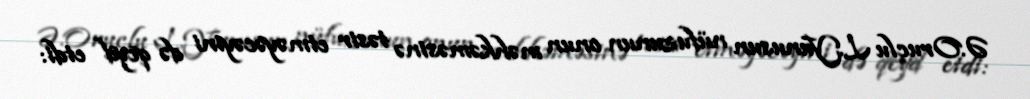
Ə.Oruclu L.Yunusun nüfuzunun onun məhkəməsinə təsir etməyəcəyini də qeyd etdi: